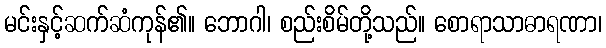
မင်းနှင့်ဆက်ဆံကုန်၏။ ဘောဂါ၊ စည်းစိမ်တို့သည်။ စောရာသာဓာရဏာ၊